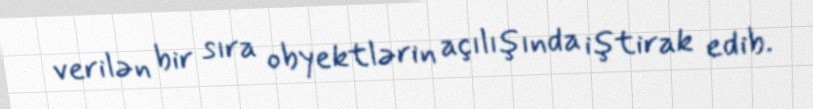
verilən bir sıra obyektlərin açılışında iştirak edib.